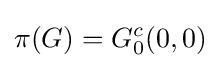
\pi (G)=G_{0}^{c}(0,0)